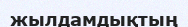
жылдамдықтың